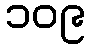
၁၀၉